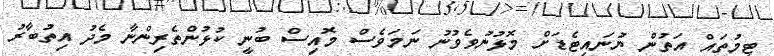
ޓީމުތައް އަތުން ޔުނައިޓެޑަށް މޮޅުނުވެވުނު ނަމަވެސް މޮއިސް ބުނީ ކުޅުންތެރިންނާ މެދު އިތުބާރު